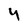
Character: 4